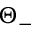
\Theta _ { - }